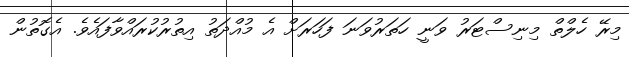
މިރޭ ހެލްތް މިނިސްޓަރު ވަނީ ހަތަރުވަނަ ފަހަރަށް އެ މުއްދަތު އިތުރުކުރައްވާފައެވެ. އެގޮތުން